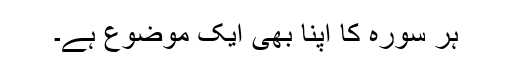
ہر سورہ کا اپنا بھی ایک موضوع ہے۔